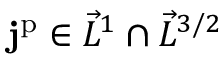
\mathbf { j } ^ { \mathrm { p } } \in \vec { L } ^ { 1 } \cap \vec { L } ^ { 3 / 2 }